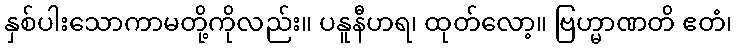
နှစ်ပါးသောကာမတို့ကိုလည်း။ ပနူနီဟရ၊ ထုတ်လော့။ ဗြဟ္မာဏတိ ဧတံ၊